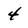
Character: 4